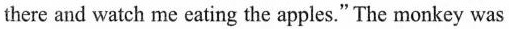
there and watch me eating the apples." The monkey was